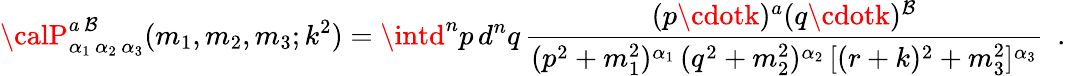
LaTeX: {\calP}_{\alpha_{1}\, \alpha_{2}\, \alpha_{3}}^{a\, \mathcal{B}}(m_{1},m_{2},m_{3};k^{2})=\intd^{n}p\, d^{n}q\, \frac{{(p\cdotk)^{a}(q\cdotk)^{\mathcal{B}}}}{{(p^{2}+m_{1}^{2})^{\alpha_{1}}\, (q^{2}+m_{2}^{2})^{\alpha_{2}}\, [(r+k)^{2}+m_{3}^{2}]^{\alpha_{3}}}}~~.